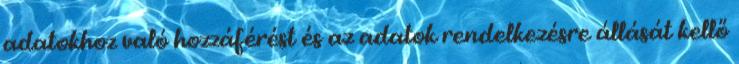
adatokhoz való hozzáférést és az adatok rendelkezésre állását kellő